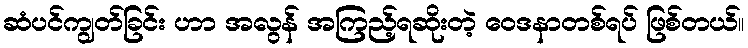
ဆံပင်ကျွတ်ခြင်း ဟာ အလွန် အကြည့်ရဆိုးတဲ့ ဝေဒနာတစ်ရပ် ဖြစ်တယ်။